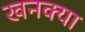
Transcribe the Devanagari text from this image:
खनक्या